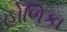
હોળિકા